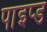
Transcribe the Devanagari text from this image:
पाइप्ड